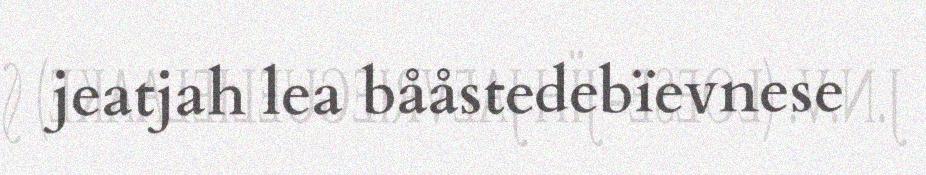
jeatjah lea bååstedebïevnese